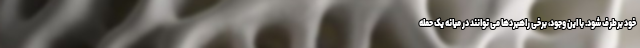
خود برطرف شود. با این وجود، برخی راهبردها می توانند در میانه یک حمله